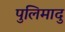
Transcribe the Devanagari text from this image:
पुलिमादु